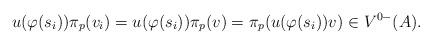
LaTeX: \begin{align*}u(\varphi(s_{i}))\pi_{p}(v_{i})=u(\varphi(s_{i}))\pi_{p}(v)=\pi_{p}(u(\varphi(s_{i}))v)\in V^{0-}(A).\end{align*}